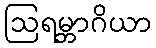
ဩရမ္ဘာဂိယာ